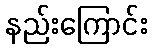
နည်းကြောင်း